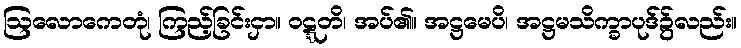
ဩလောကေတုံ၊ ကြည့်ခြင်းငှာ။ ဝဋ္ဋတိ၊ အပ်၏။ အဋ္ဌမေပိ၊ အဋ္ဌမသိက္ခာပုဒ်၌လည်း။